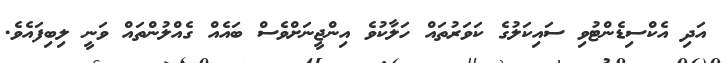
އަދި އެކްސިޑެންޓުވި ސައިކަލުގެ ކަވަރުތައް ހަލާކުވެ އިންޖީނަށްވެސް ބައެއް ގެއްލުންތައް ވަނީ ލިބިފައެވެ.